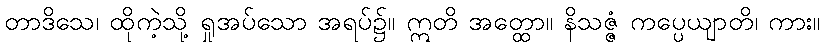
တာဒိသေ၊ ထိုကဲ့သို့ ရှုအပ်သော အရပ်၌။ ဣတိ အတ္ထော။ နိသဇ္ဇံ ကပ္ပေယျာတိ၊ ကား။